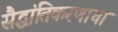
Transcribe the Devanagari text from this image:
सैद्धांतिकरणाचा